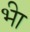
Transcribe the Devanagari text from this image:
भ्‍ीा